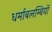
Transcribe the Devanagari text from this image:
धर्माबलम्बियों